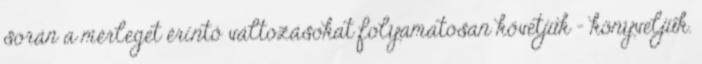
során a mérleget érintő változásokat folyamatosan követjük - könyveljük.